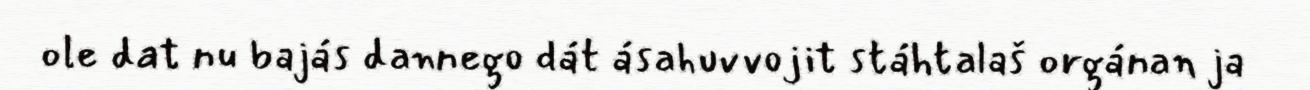
ole dat nu bajás dannego dát ásahuvvojit stáhtalaš orgánan ja